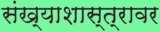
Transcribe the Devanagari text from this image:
संख्याशास्त्रावर